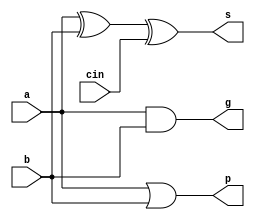
module cl_cell(a, b, cin, p, g, s);
    /* Port Declarations */
    input a, b, cin; 
    output p, g, s; 
    /* Carry-lookahead Single Cell Logic */
    and generate_signal(g, a, b);
    or propogate_signal(p, a, b);
    xor sum(s, a, b, cin);
endmodule